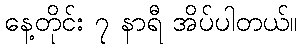
နေ့တိုင်း ၇ နာရီ အိပ်ပါတယ်။